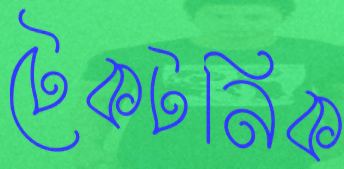
টেকটনিক